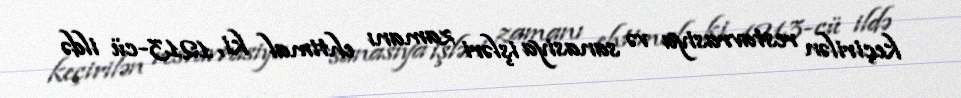
keçirilən restavrasiya və sanasiya işləri zamanı ehtimal ki, 1213-cü ildə